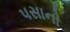
પસાનો